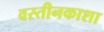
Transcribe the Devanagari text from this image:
वस्तीनकाशा